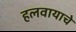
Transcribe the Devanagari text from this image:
हलवायाचे